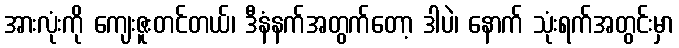
အားလုံးကို ကျေးဇူးတင်တယ်၊ ဒီနံနက်အတွက်တော့ ဒါပဲ၊ နောက် သုံးရက်အတွင်းမှာ